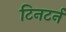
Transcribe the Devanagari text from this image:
टिनटर्न